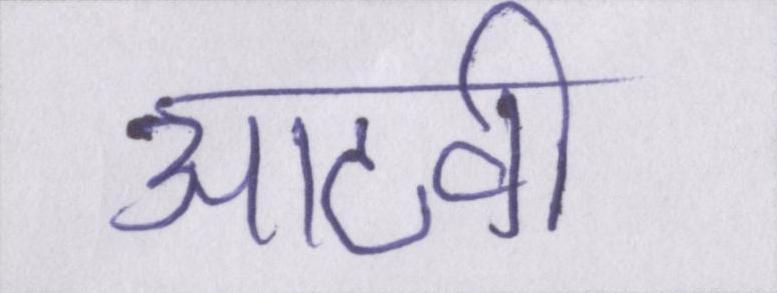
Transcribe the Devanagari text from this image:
आठवीं